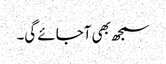
سمجھ بھی آجائے گی۔